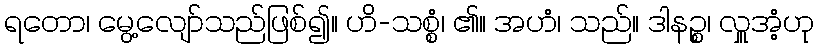
ရတော၊ မွေ့လျော်သည်ဖြစ်၍။ ဟိ-သစ္စံ၊ ၏။ အဟံ၊ သည်။ ဒါနဉ္စ၊ လှူအံ့ဟု